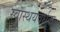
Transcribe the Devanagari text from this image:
स्वास्थयवर्धक